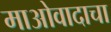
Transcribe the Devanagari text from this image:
माओवादाचा